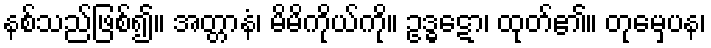
နစ်သည်ဖြစ်၍။ အတ္တာနံ၊ မိမိကိုယ်ကို။ ဥဒ္ဓဋော၊ ထုတ်၏။ တုမှေပန၊